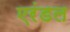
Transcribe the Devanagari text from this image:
एरंडल